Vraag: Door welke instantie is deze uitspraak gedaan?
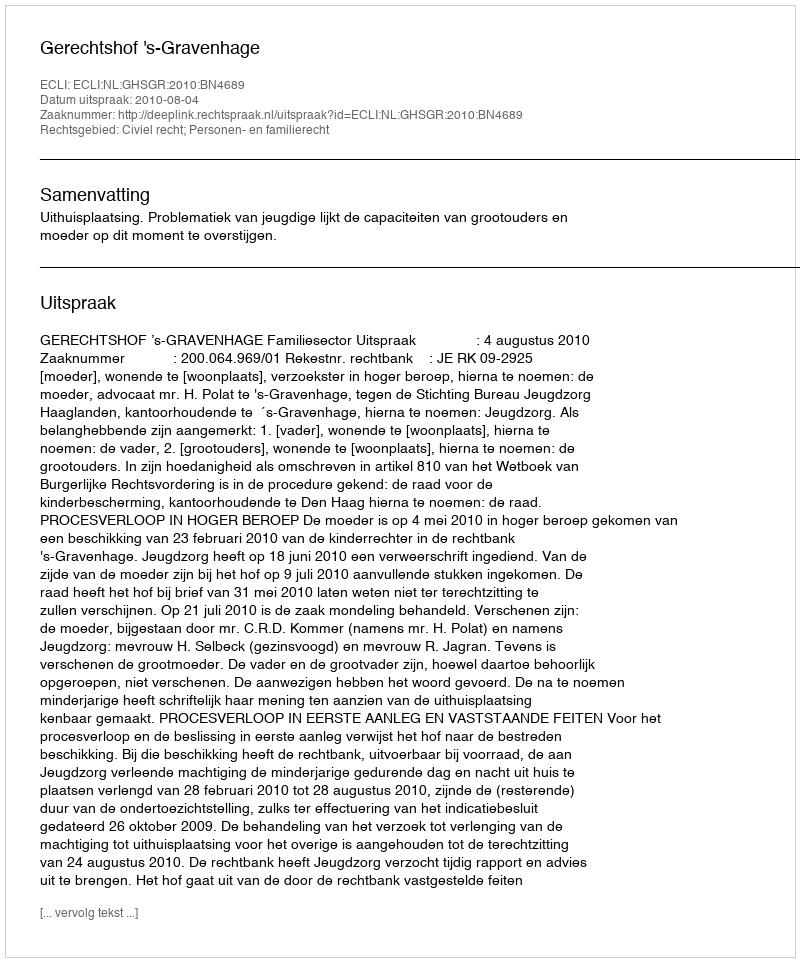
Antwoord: Gerechtshof 's-Gravenhage